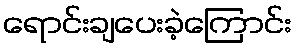
ရောင်းချပေးခဲ့ကြောင်း